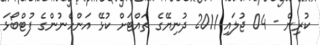
ކުރިން - 04 ޖުލައި 2011 ދުނިޔޭގެ ތައްޓަށް ކުޅޭ އަންހެނުންގެ ފުޓްބޯޅަ